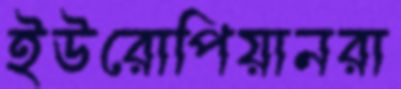
ইউরোপিয়ানরা